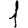
Digit: 1